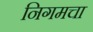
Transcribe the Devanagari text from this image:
निगमचा